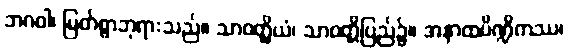
ဘဂဝါ၊ မြတ်စွာဘုရားသည်။ သာဝတ္ထိယံ၊ သာဝတ္တိပြည်၌။ အနာထပိဏ္ဍိကဿ၊